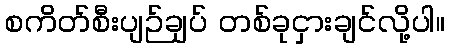
စကိတ်စီးပျဉ်ချပ် တစ်ခုငှားချင်လို့ပါ။